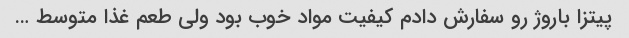
پیتزا باروژ رو سفارش دادم کیفیت مواد خوب بود ولی طعم غذا متوسط …